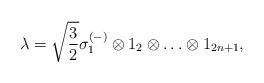
LaTeX: \begin{align*}\lambda = \sqrt{\frac{3}{2}} \sigma_1^{(-)} \otimes 1_2 \otimes\ldots\otimes 1_{2n+1} ,\end{align*}